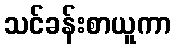
သင်ခန်းစာယူကာ